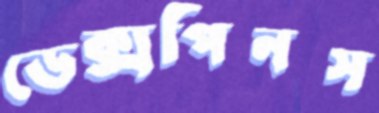
ডেক্সপিনস